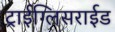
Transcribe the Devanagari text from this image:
ट्राईग्लिसराईड